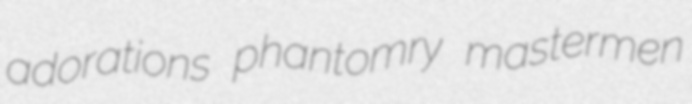
adorations phantomry mastermen